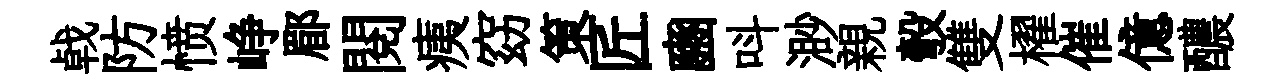
㦸防愤峥郿閲痍窈策匠豳呌渺親彀雙櫂催億醲